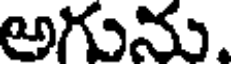
అగును.